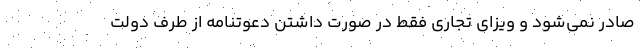
صادر نمی‌شود و ویزای تجاری فقط در صورت داشتن دعوتنامه از طرف دولت